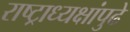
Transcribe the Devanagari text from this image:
राष्ट्राध्यक्षांपुढे